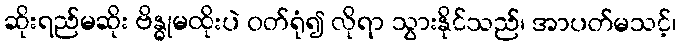
ဆိုးရည်မဆိုး ဗိန္ဓုမထိုးပဲ ဝတ်ရုံ၍ လိုရာ သွားနိုင်သည်၊ အာပတ်မသင့်၊